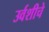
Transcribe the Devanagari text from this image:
उर्वशीचे